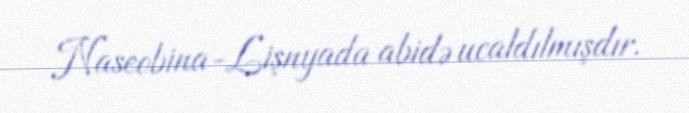
Naseobina-Lişnyada abidə ucaldılmışdır.